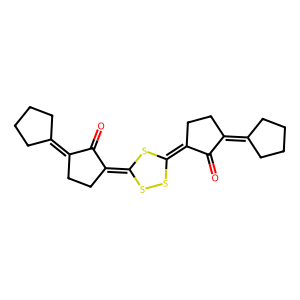
SMILES: O=C1C(=C2CCCC2)CCC1=C1SSC(=C2CCC(=C3CCCC3)C2=O)S1
Inhibits HIV replication: No